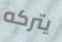
يتركه